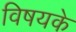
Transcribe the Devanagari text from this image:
विषयके